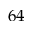
6 4